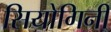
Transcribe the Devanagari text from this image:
सियोगिनी